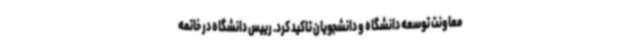
معاونت توسعه دانشگاه و دانشجویان تاکید کرد. رییس دانشگاه در خاتمه